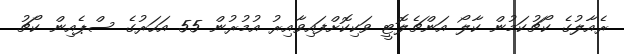
ރެއާލުގެ ކޯޗުކަމުން ކާލޯ އަންޗެލޮޓީ ވަކިކޮށްފައިވާއިރު އުމުރުން 55 އަހަރުގެ ސްޕެއިން ކޯޗު